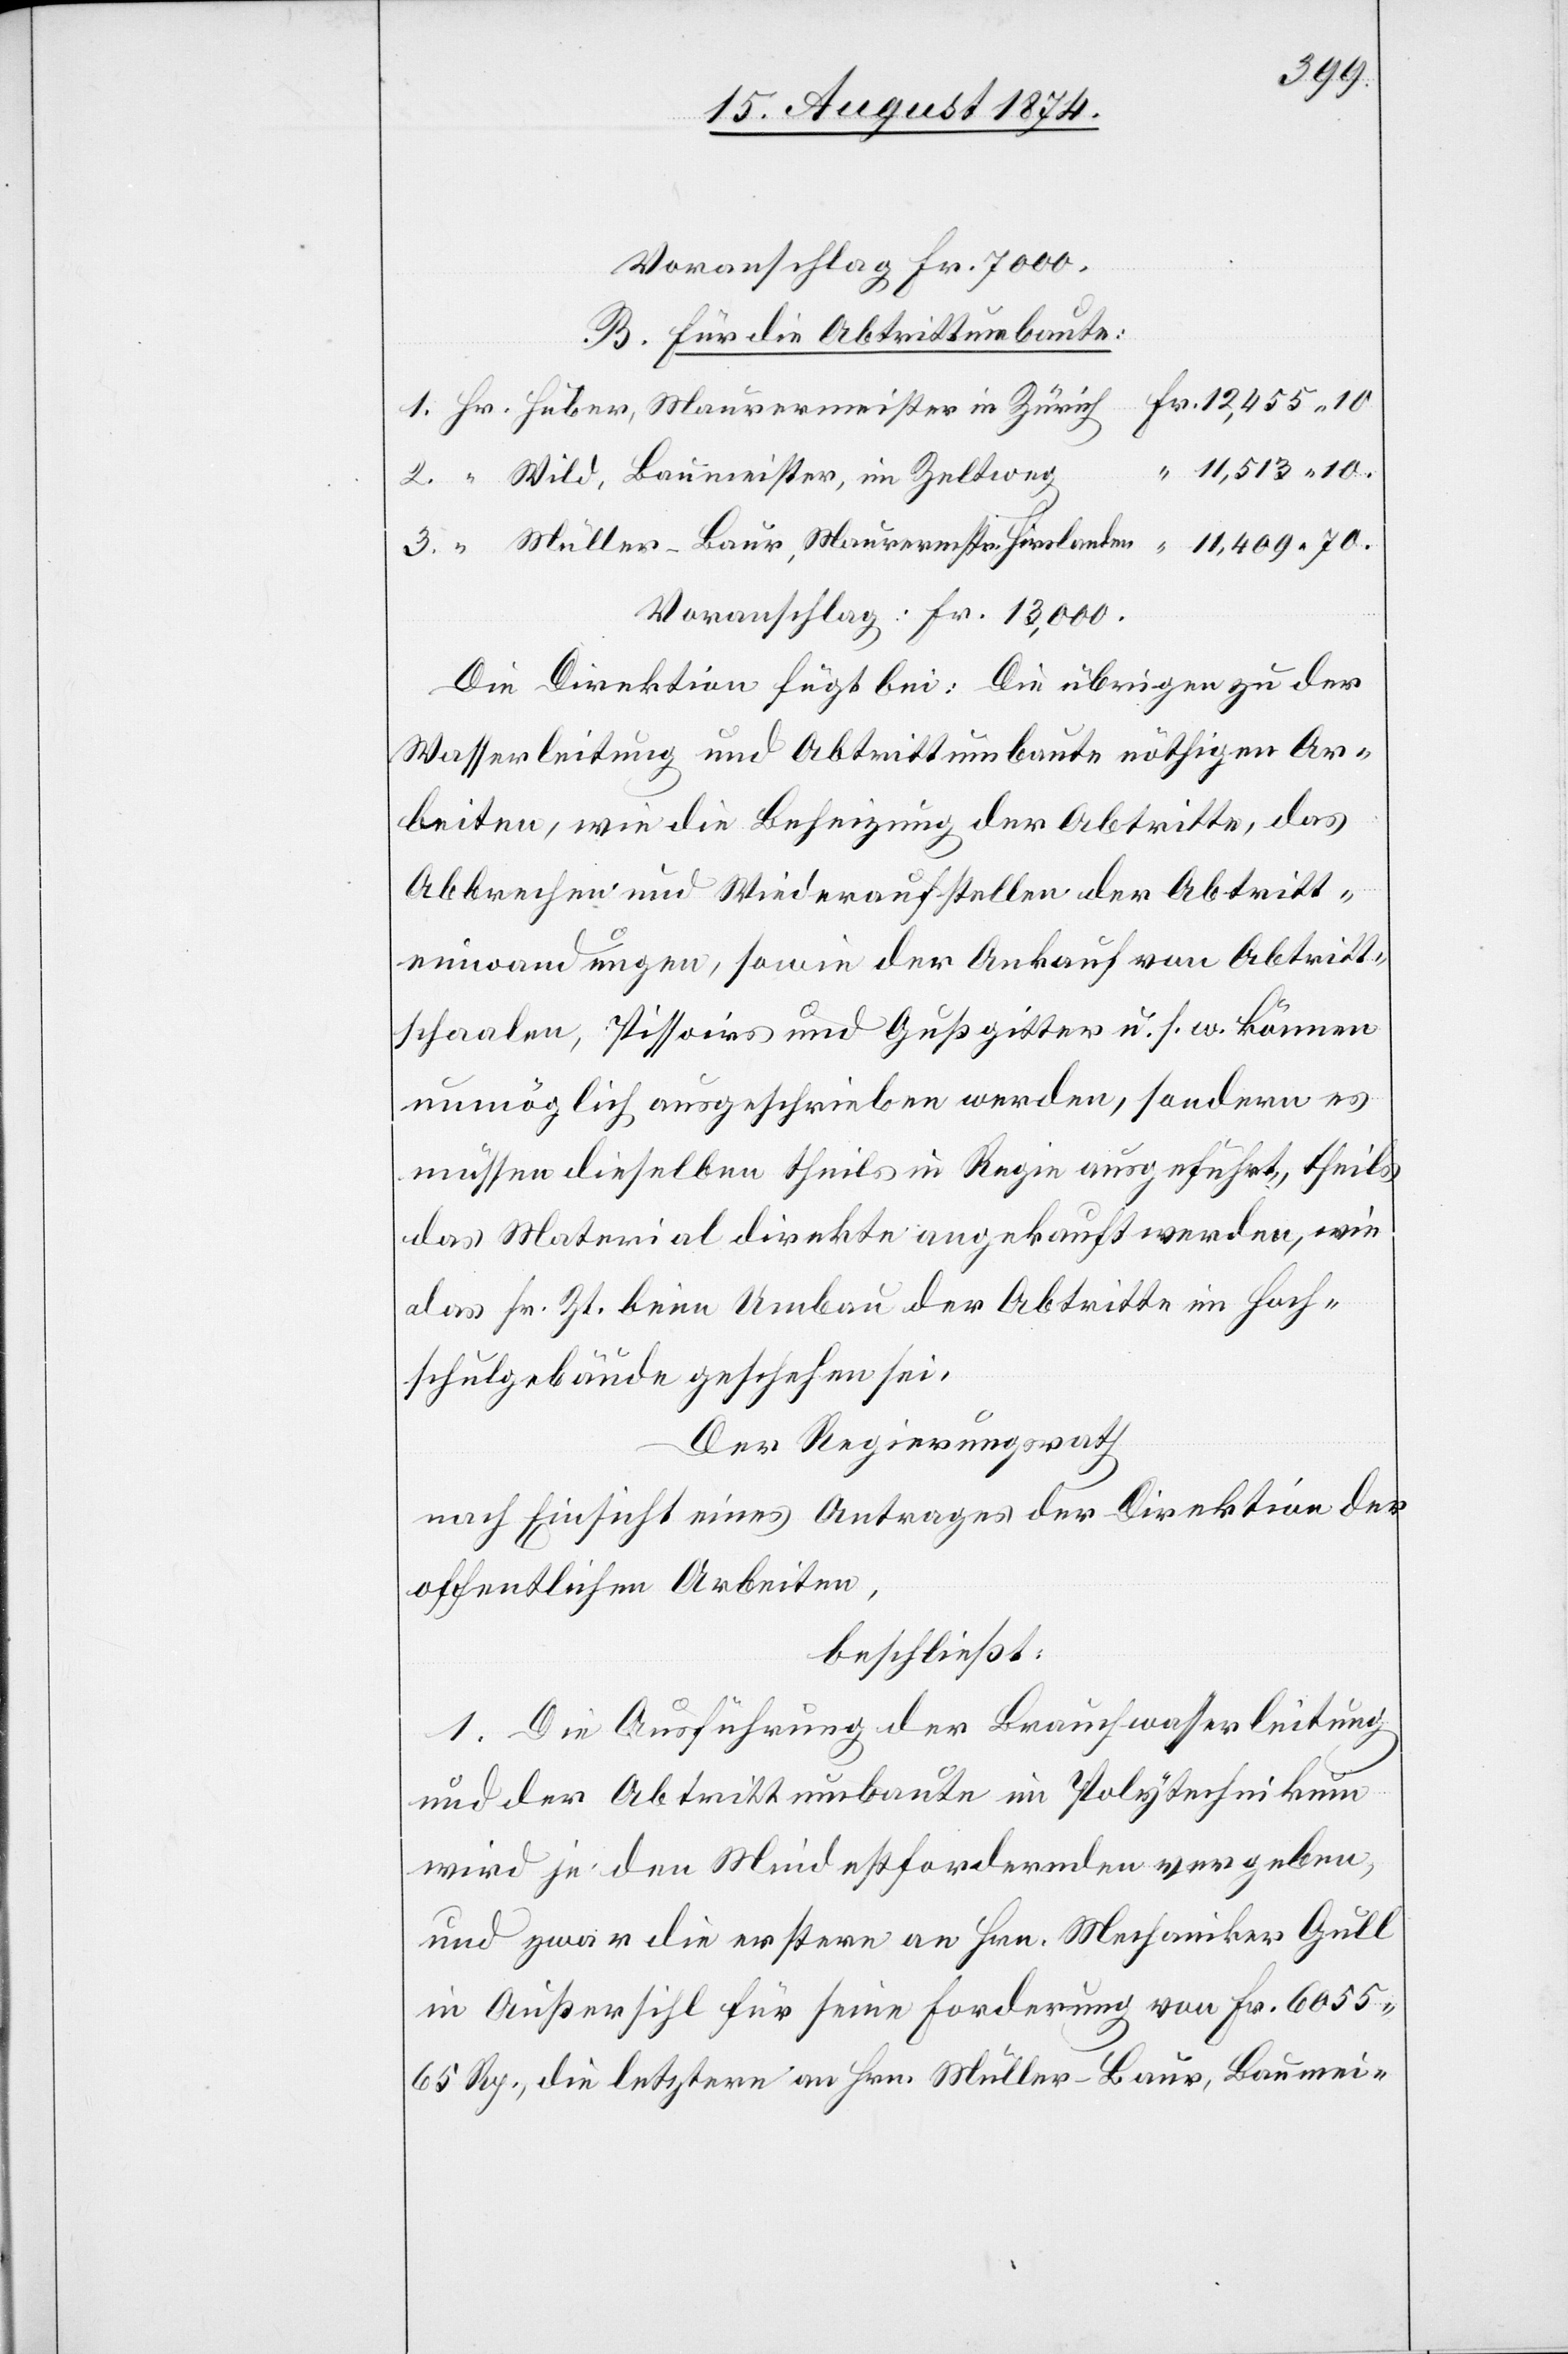
11,409.
Voranschlag Fr. 7000.
B. Für die Abtrittumbaute:
Wild, Baumeister, im Zeltweg
Müller-Baur, Maurermstr. Hirslanden
Voranschlag: Fr. 13,000.
Die Direktion fügt bei: Die übrigen zu der
Wasserleitung und Abtrittumbaute nöthigen Ar¬
beiten, wie die Beheizung der Abtritte, das
Abbrechen und Wiederaufstellen der Abtritt¬
einwandungen, sowie der Ankauf von Abtritt¬
schaalen, Pissoirs und Gußgitter u. s. w. können
unmöglich ausgeschrieben werden, sondern es
müssen dieselben theils in Regie ausgeführt, theils
das Material direkte angekauft werden, wie
das sr. Zt. beim Umbau der Abtritte im Hoch¬
schulgebäude geschehen sei.
Der Regierungsrath
nach Einsicht eines Antrages der Direktion der
beschließt:
1. Die Ausführung der Brauchwasserleitung
und der Abtrittumbaute im Polytechnikum
wird je den Mindestfordernden vergeben,
und zwar die erstere an Hrn. Mechaniker Gull
in Außersihl für seine Forderung von Fr. 6055.65
Rp., die letztere an Hrn. Müller-Baur, Baumei-